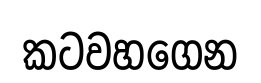
කටවහගෙන